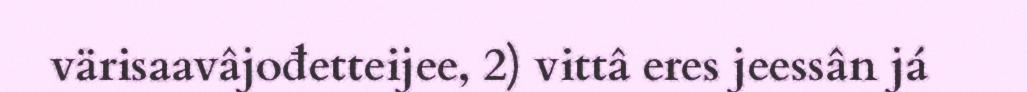
värisaavâjođetteijee, 2) vittâ eres jeessân já